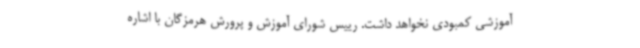
آموزشی کمبودی نخواهد داشت. رییس شورای آموزش و پرورش هرمزگان با اشاره